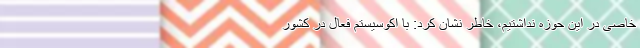
خاصی در این حوزه نداشتیم، خاطر نشان کرد: با اکوسیستم فعال در کشور